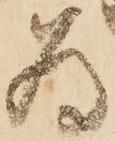
為